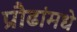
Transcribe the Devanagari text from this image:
प्रौढांमधे